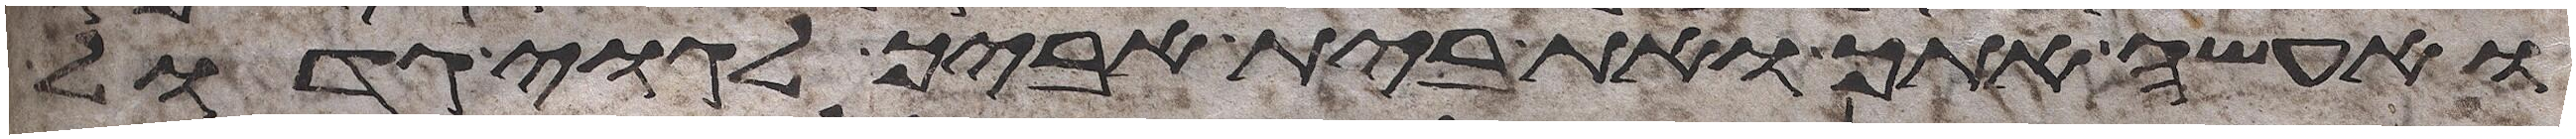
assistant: ואעשה אתך ואת בית אביך לגוי גדול